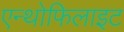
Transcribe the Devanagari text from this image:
एन्थोफिलाइट